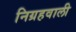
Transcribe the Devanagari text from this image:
निग्रहवाली